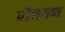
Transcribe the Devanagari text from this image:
बीजगण